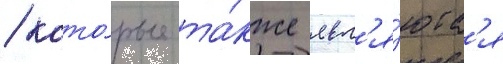
/ кото́рые та́кже явл'я́ютс'я